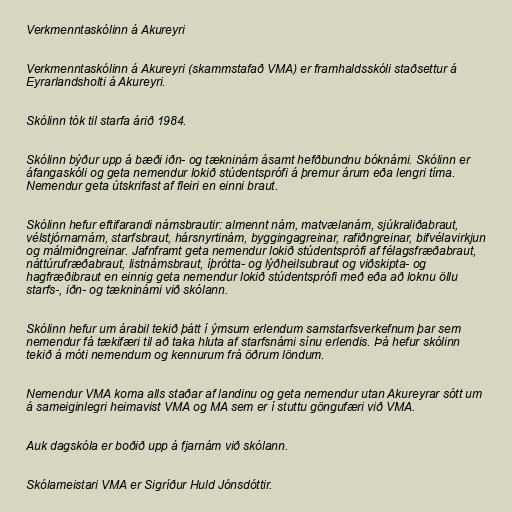
Verkmenntaskólinn á Akureyri

Verkmenntaskólinn á Akureyri (skammstafað VMA) er framhaldsskóli staðsettur á
Eyrarlandsholti á Akureyri.

Skólinn tók til starfa árið 1984.

Skólinn býður upp á bæði iðn- og tækninám ásamt hefðbundnu bóknámi. Skólinn er
áfangaskóli og geta nemendur lokið stúdentsprófi á þremur árum eða lengri tíma.
Nemendur geta útskrifast af fleiri en einni braut.

Skólinn hefur eftifarandi námsbrautir: almennt nám, matvælanám, sjúkraliðabraut,
vélstjórnarnám, starfsbraut, hársnyrtinám, byggingagreinar, rafiðngreinar, bifvélavirkjun
og málmiðngreinar. Jafnframt geta nemendur lokið stúdentsprófi af félagsfræðabraut,
náttúrufræðabraut, listnámsbraut, íþrótta- og lýðheilsubraut og viðskipta- og
hagfræðibraut en einnig geta nemendur lokið stúdentsprófi með eða að loknu öllu
starfs-, iðn- og tækninámi við skólann.

Skólinn hefur um árabil tekið þátt í ýmsum erlendum samstarfsverkefnum þar sem
nemendur fá tækifæri til að taka hluta af starfsnámi sínu erlendis. Þá hefur skólinn
tekið á móti nemendum og kennurum frá öðrum löndum.

Nemendur VMA koma alls staðar af landinu og geta nemendur utan Akureyrar sótt um
á sameiginlegri heimavist VMA og MA sem er í stuttu göngufæri við VMA.

Auk dagskóla er boðið upp á fjarnám við skólann.

Skólameistari VMA er Sigríður Huld Jónsdóttir.